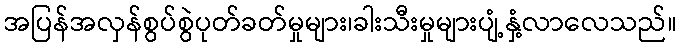
အပြန်အလှန်စွပ်စွဲပုတ်ခတ်မှုများ၊ခါးသီးမှုများပျံ့နှံ့လာလေသည်။